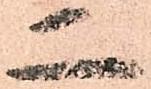
二